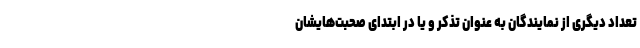
تعداد دیگری از نمایندگان به عنوان تذکر و یا در ابتدای صحبت‌هایشان